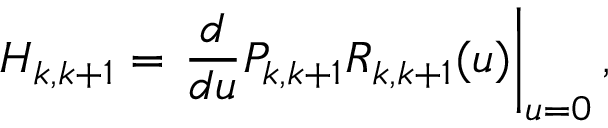
H _ { k , k + 1 } = \left. \frac { d } { d u } { \cal P } _ { k , k + 1 } R _ { k , k + 1 } ( u ) \right| _ { u = 0 } ,